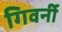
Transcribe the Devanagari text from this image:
गिवर्नी